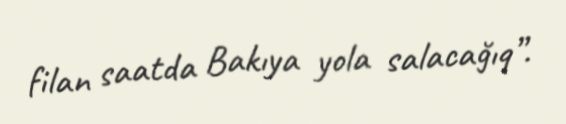
filan saatda Bakıya yola salacağıq”.